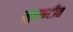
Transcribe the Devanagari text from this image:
मुस्कटीत